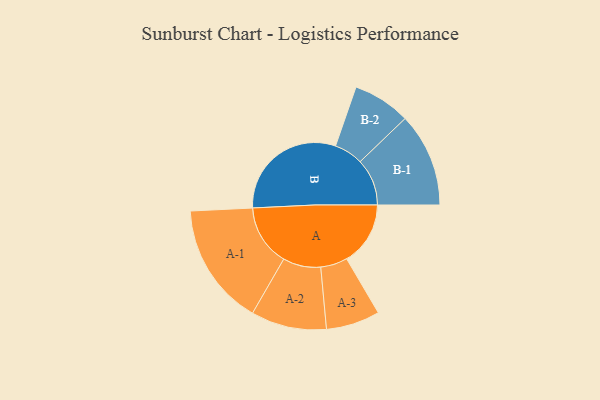
{"axis": {"x": "Segment", "y": "Value"}, "legend": ["", "A", "B"], "data": [{"x": "A", "y": 258, "type": ""}, {"x": "B", "y": 485, "type": ""}, {"x": "A-1", "y": 248, "type": "A"}, {"x": "A-2", "y": 153, "type": "A"}, {"x": "A-3", "y": 109, "type": "A"}, {"x": "B-1", "y": 190, "type": "B"}, {"x": "B-2", "y": 117, "type": "B"}]}